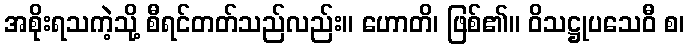
အစိုးရသကဲ့သို့ စီရင်တတ်သည်လည်း။ ဟောတိ၊ ဖြစ်၏။ ဝိသဋ္ဌုပသေဝီ စ၊